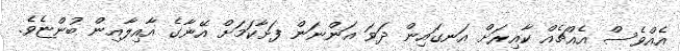
އެއްވެސް އެއްޗެއް ކާއިރަށް އަނގައިން ދަވަ އަންނަން ފަށާކަމަށް އޭނާގެ އާއިލާއިން ބުންޏެވެ.